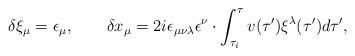
LaTeX: \begin{align*}\delta\xi_\mu=\epsilon_\mu,\qquad\delta x_\mu=2i\epsilon_{\mu\nu\lambda}\epsilon^{\nu}\cdot\int_{\tau_i}^{\tau} v(\tau')\xi^{\lambda}(\tau')d\tau',\end{align*}